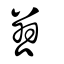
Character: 篡